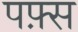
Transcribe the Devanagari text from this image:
पफ़्स